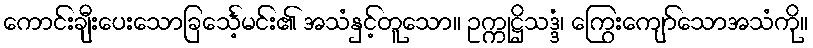
ကောင်းချီးပေးသောခြင်္သေ့မင်း၏ အသံနှင့်တူသော။ ဥက္ကုဋ္ဌိသဒ္ဒံ၊ ကြွေးကျော်သောအသံကို။